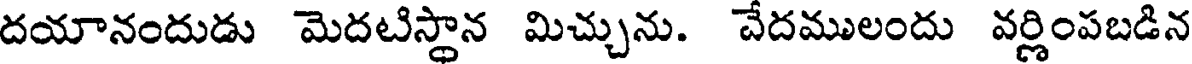
దయానందుడు మెదటిస్థాన మిచ్చును. చేదములందు వర్ణింపబడిన